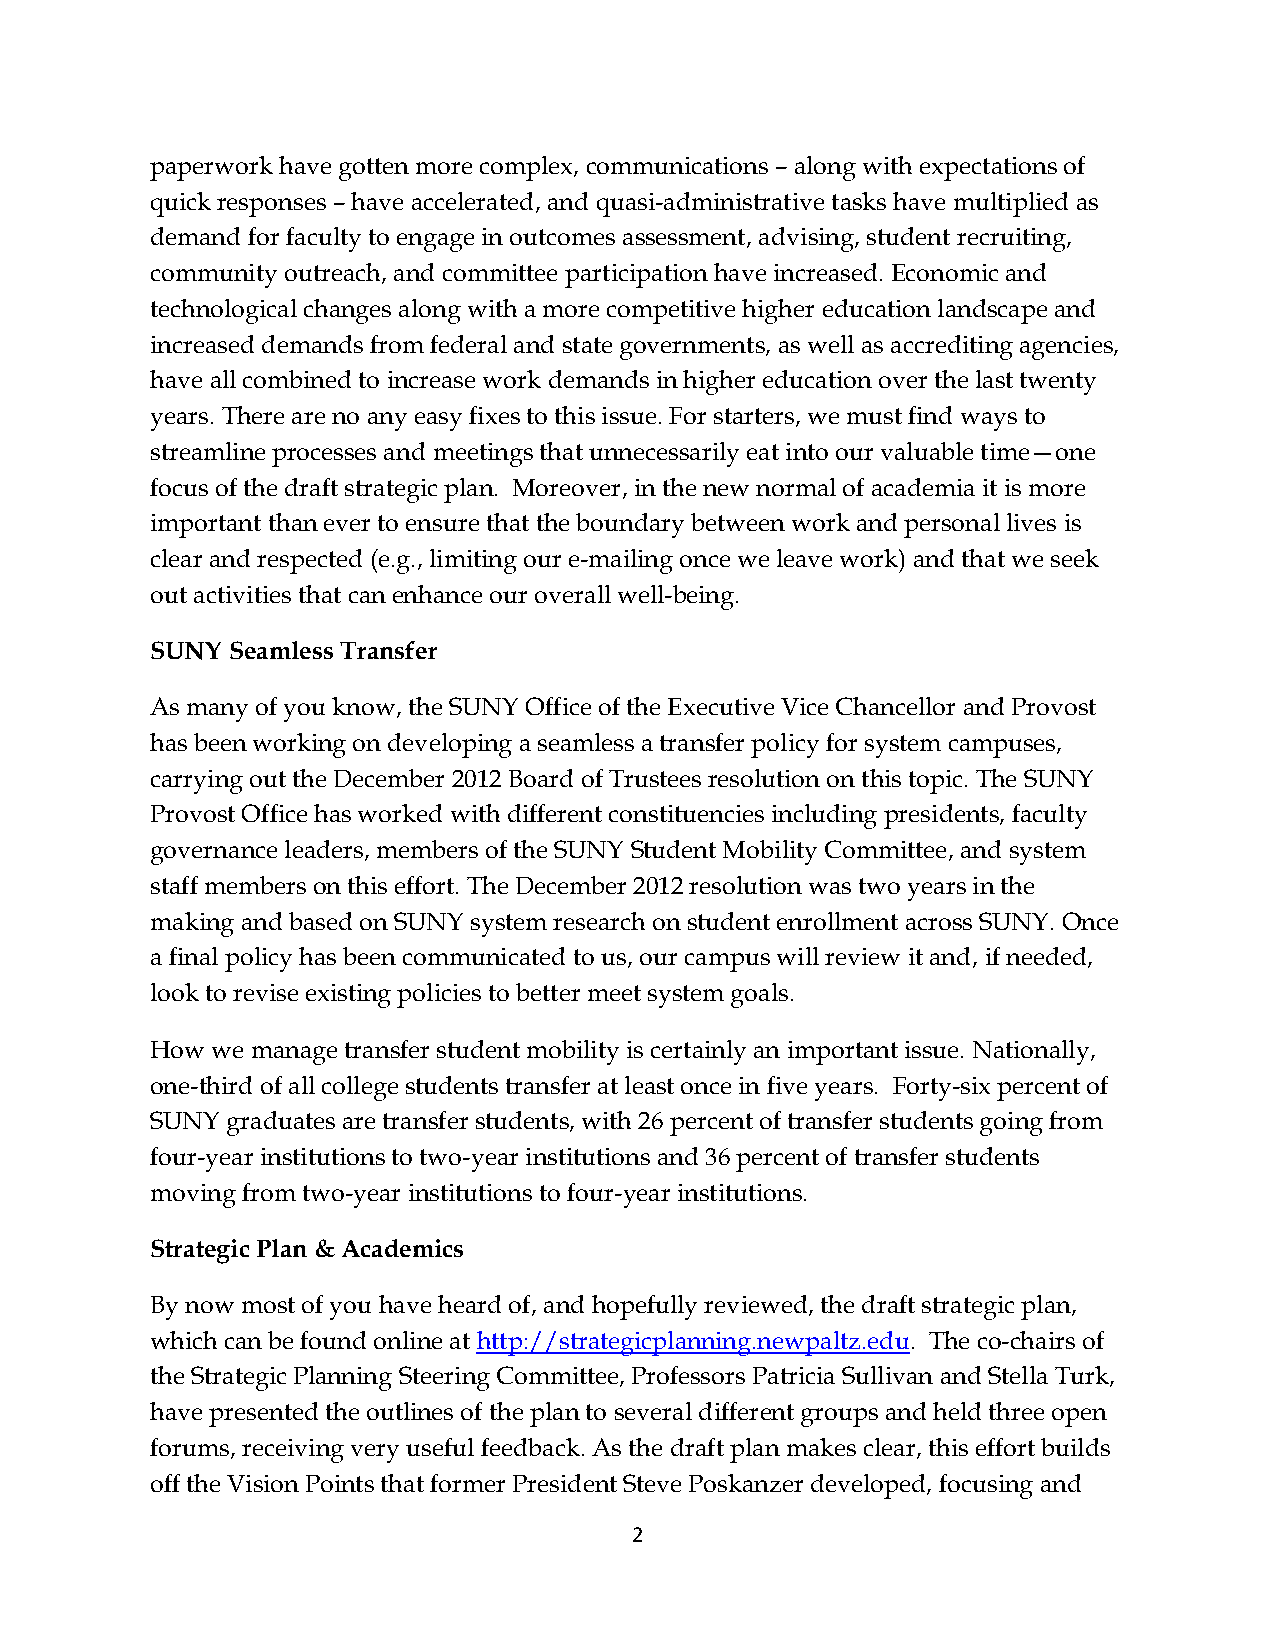
paperwork have gotten more complex, communications – along with expectations of
 quick responses – have accelerated, and quasi-administrative tasks have multiplied as
 demand for faculty to engage in outcomes assessment, advising, student recruiting,
 community outreach, and committee participation have increased. Economic and
 technological changes along with a more competitive higher education landscape and
 increased demands from federal and state governments, as well as accrediting agencies,
 have all combined to increase work demands in higher education over the last twenty
 years. There are no any easy fixes to this issue. For starters, we must find ways to
 streamline processes and meetings that unnecessarily eat into our valuable time—one
 focus of the draft strategic plan. Moreover, in the new normal of academia it is more
 important than ever to ensure that the boundary between work and personal lives is
 clear and respected (e.g., limiting our e-mailing once we leave work) and that we seek
 out activities that can enhance our overall well-being.
 SUNY Seamless Transfer
 As many of you know, the SUNY Office of the Executive Vice Chancellor and Provost
 has been working on developing a seamless a transfer policy for system campuses,
 carrying out the December 2012 Board of Trustees resolution on this topic. The SUNY
 Provost Office has worked with different constituencies including presidents, faculty
 governance leaders, members of the SUNY Student Mobility Committee, and system
 staff members on this effort. The December 2012 resolution was two years in the
 making and based on SUNY system research on student enrollment across SUNY. Once
 a final policy has been communicated to us, our campus will review it and, if needed,
 look to revise existing policies to better meet system goals.
 How we manage transfer student mobility is certainly an important issue. Nationally,
 one-third of all college students transfer at least once in five years. Forty-six percent of
 SUNY graduates are transfer students, with 26 percent of transfer students going from
 four-year institutions to two-year institutions and 36 percent of transfer students
 moving from two-year institutions to four-year institutions.
 Strategic Plan & Academics
 By now most of you have heard of, and hopefully reviewed, the draft strategic plan,
 which can be found online at http://strategicplanning.newpaltz.edu. The co-chairs of
 the Strategic Planning Steering Committee, Professors Patricia Sullivan and Stella Turk,
 have presented the outlines of the plan to several different groups and held three open
 forums, receiving very useful feedback. As the draft plan makes clear, this effort builds
 off the Vision Points that former President Steve Poskanzer developed, focusing and
 2